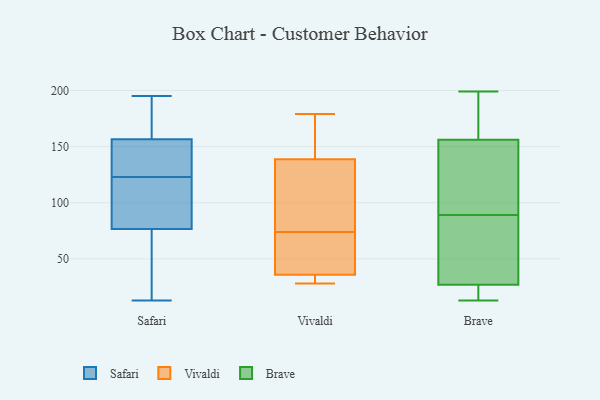
{"axis": {"x": "Satisfaction Score", "y": "Value"}, "legend": ["Brave", "Safari", "Vivaldi"], "data": [{"x": "", "y": 167, "type": "Safari"}, {"x": "", "y": 132, "type": "Safari"}, {"x": "", "y": 105, "type": "Safari"}, {"x": "", "y": 62, "type": "Safari"}, {"x": "", "y": 80, "type": "Safari"}, {"x": "", "y": 173, "type": "Safari"}, {"x": "", "y": 122, "type": "Safari"}, {"x": "", "y": 110, "type": "Safari"}, {"x": "", "y": 154, "type": "Safari"}, {"x": "", "y": 19, "type": "Safari"}, {"x": "", "y": 159, "type": "Safari"}, {"x": "", "y": 13, "type": "Safari"}, {"x": "", "y": 53, "type": "Safari"}, {"x": "", "y": 144, "type": "Safari"}, {"x": "", "y": 104, "type": "Safari"}, {"x": "", "y": 189, "type": "Safari"}, {"x": "", "y": 132, "type": "Safari"}, {"x": "", "y": 195, "type": "Safari"}, {"x": "", "y": 124, "type": "Safari"}, {"x": "", "y": 73, "type": "Safari"}, {"x": "", "y": 46, "type": "Vivaldi"}, {"x": "", "y": 179, "type": "Vivaldi"}, {"x": "", "y": 129, "type": "Vivaldi"}, {"x": "", "y": 104, "type": "Vivaldi"}, {"x": "", "y": 168, "type": "Vivaldi"}, {"x": "", "y": 65, "type": "Vivaldi"}, {"x": "", "y": 170, "type": "Vivaldi"}, {"x": "", "y": 28, "type": "Vivaldi"}, {"x": "", "y": 37, "type": "Vivaldi"}, {"x": "", "y": 29, "type": "Vivaldi"}, {"x": "", "y": 99, "type": "Vivaldi"}, {"x": "", "y": 32, "type": "Vivaldi"}, {"x": "", "y": 74, "type": "Vivaldi"}, {"x": "", "y": 199, "type": "Brave"}, {"x": "", "y": 168, "type": "Brave"}, {"x": "", "y": 120, "type": "Brave"}, {"x": "", "y": 165, "type": "Brave"}, {"x": "", "y": 21, "type": "Brave"}, {"x": "", "y": 156, "type": "Brave"}, {"x": "", "y": 88, "type": "Brave"}, {"x": "", "y": 90, "type": "Brave"}, {"x": "", "y": 13, "type": "Brave"}, {"x": "", "y": 27, "type": "Brave"}, {"x": "", "y": 48, "type": "Brave"}, {"x": "", "y": 34, "type": "Brave"}, {"x": "", "y": 16, "type": "Brave"}, {"x": "", "y": 67, "type": "Brave"}, {"x": "", "y": 97, "type": "Brave"}, {"x": "", "y": 17, "type": "Brave"}, {"x": "", "y": 146, "type": "Brave"}, {"x": "", "y": 156, "type": "Brave"}]}